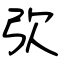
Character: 弞